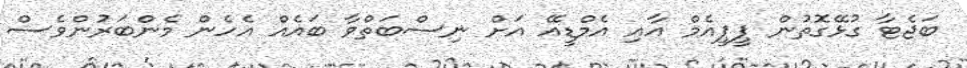
ބަޖެޓާ ގުޅޭގޮތުން ޕީޕީއެމް އާއި އެމްޑީއޭ އަށް ނިސްބަތްވާ ބައެއް އެހެން މެންބަރުންވެސް